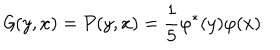
\mathcal G ( y , x ) = \mathcal P ( y , x ) = \frac { 1 } { 5 } \varphi ^ { * } ( y ) \varphi ( x )